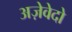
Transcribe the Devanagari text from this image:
अज़ेवेदो